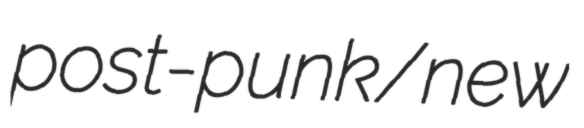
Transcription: post-punk/new